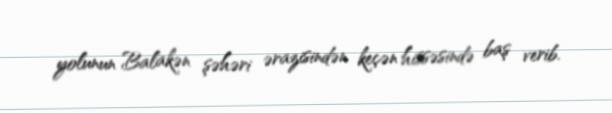
yolunun Balakən şəhəri ərazisindən keçən hissəsində baş verib.